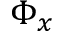
\Phi _ { x }